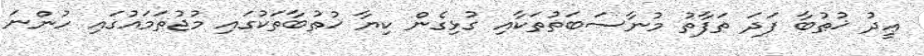
ޢީދު ޚުޠުބާ ފަދަ ތަފާތު މުނާސަބަތުތަކާއި ގުޅިގެން ކިޔާ ޚުޠުބާތަކުގައި މުޖުތަމައުގައި ހުންނަ